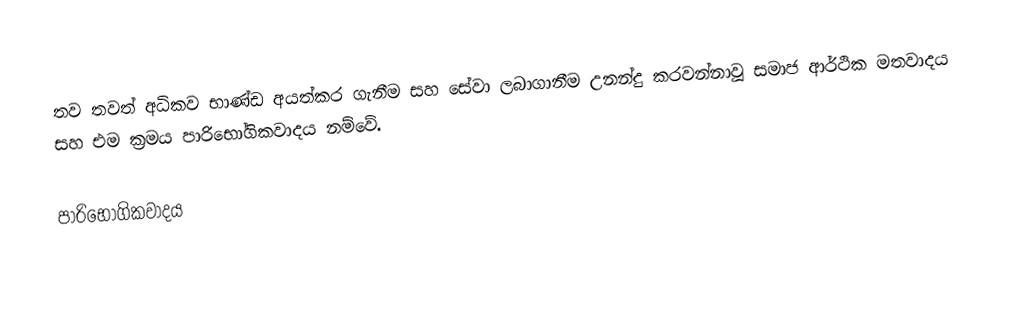
තව තවත් අධිකව භාණ්ඩ අයත්කර ගැනීම සහ සේවා ලබාගානීම උනන්දු කරවන්නාවූ සමාජ ආර්ථික මතවාදය සහ එම ක්‍රමය පාරිභෝගිකවාදය නම්වේ.

පාරිභෝගිකවාදය